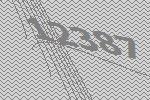
12387